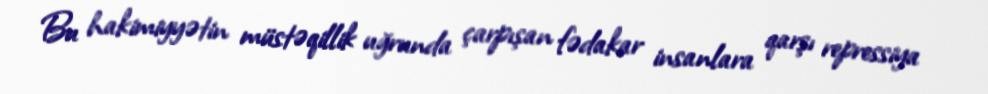
Bu hakimiyyətin müstəqillik uğrunda çarpışan fədakar insanlara qarşı repressiya